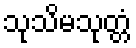
သုသိမသုတ္တံ